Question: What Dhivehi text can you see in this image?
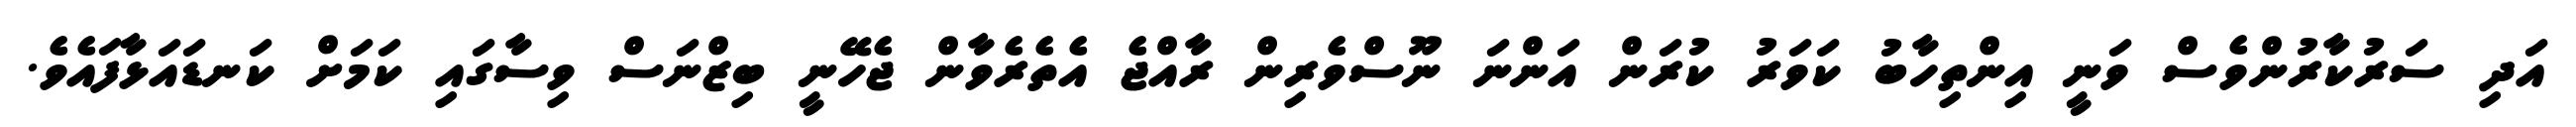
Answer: އަދި ސަރުކާރުންވެސް ވަނީ އިންތިހާބު ކަވަރު ކުރަން އަންނަ ނޫސްވެރިން ރާއްޖެ އެތެރެވާން ޖެހޭނީ ބިޒްނަސް ވިސާގައި ކަމަށް ކަނޑައަޅާފައެވެ.